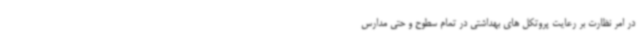
در امر نظارت بر رعایت پروتکل های بهداشتی در تمام سطوح و حتی مدارس